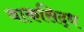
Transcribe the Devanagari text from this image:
वाकसिद्ध